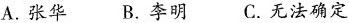
A.张华B.李明C.无法确定